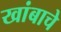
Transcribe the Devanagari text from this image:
खांबाचे